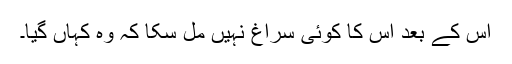
اس کے بعد اس کا کوئی سراغ نہیں مل سکا کہ وہ کہاں گیا۔